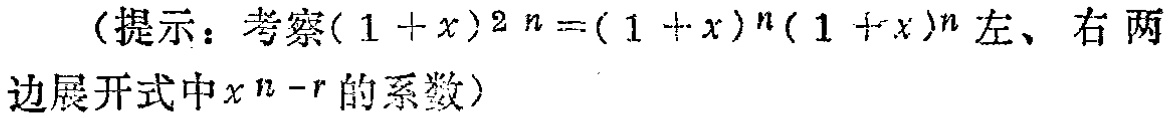
（提示：考察\((1 + x)^{2n}=(1 + x)^n(1 + x)^n\)左、右两边展开式中\(x^{n - r}\)的系数）